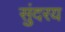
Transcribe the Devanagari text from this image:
सुंदरय